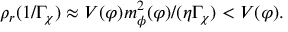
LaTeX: \rho _ { r } ( 1 / \Gamma _ { \chi } ) \approx V ( \varphi ) m _ { \phi } ^ { 2 } ( \varphi ) / ( \eta \Gamma _ { \chi } ) < V ( \varphi ) .